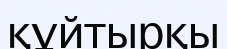
құйтырқы